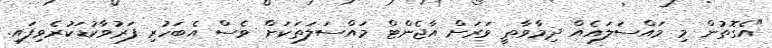
"އެގޮތުން މި މައްސަލައެއް ދިމާވާތީ ވަރަށް އާޖެންޓް މައްސަލަތަކަށް ވެސް އެބަހުރި ފަރުވާކުޑަކުރެވިފައި.